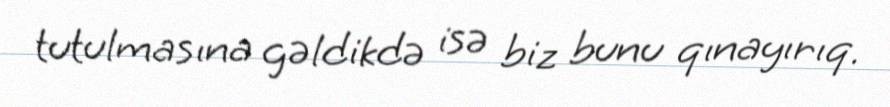
tutulmasına gəldikdə isə biz bunu qınayırıq.